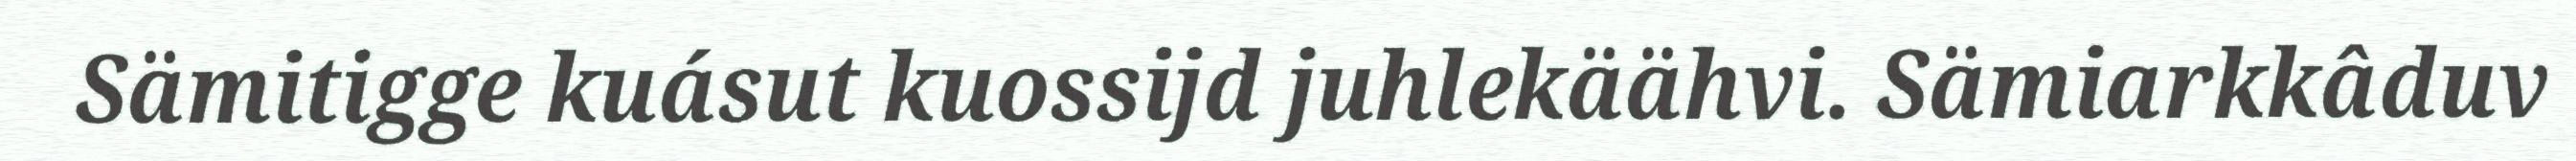
Sämitigge kuásut kuossijd juhlekäähvi. Sämiarkkâduv